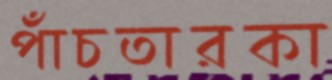
পাঁচতারকা